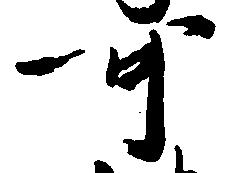
可